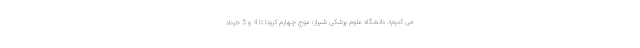
می کنیم». دانشگاه علوم پزشکی شیراز: موج چهارم کرونا تا 4 و 5 خرداد